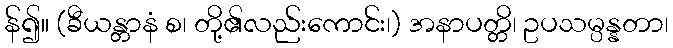
န်၍။ (ခီယန္တာနံ စ၊ တို့၏လည်းကောင်း၊) အနာပတ္တိ၊ ဥပသမ္ပန္နတာ၊